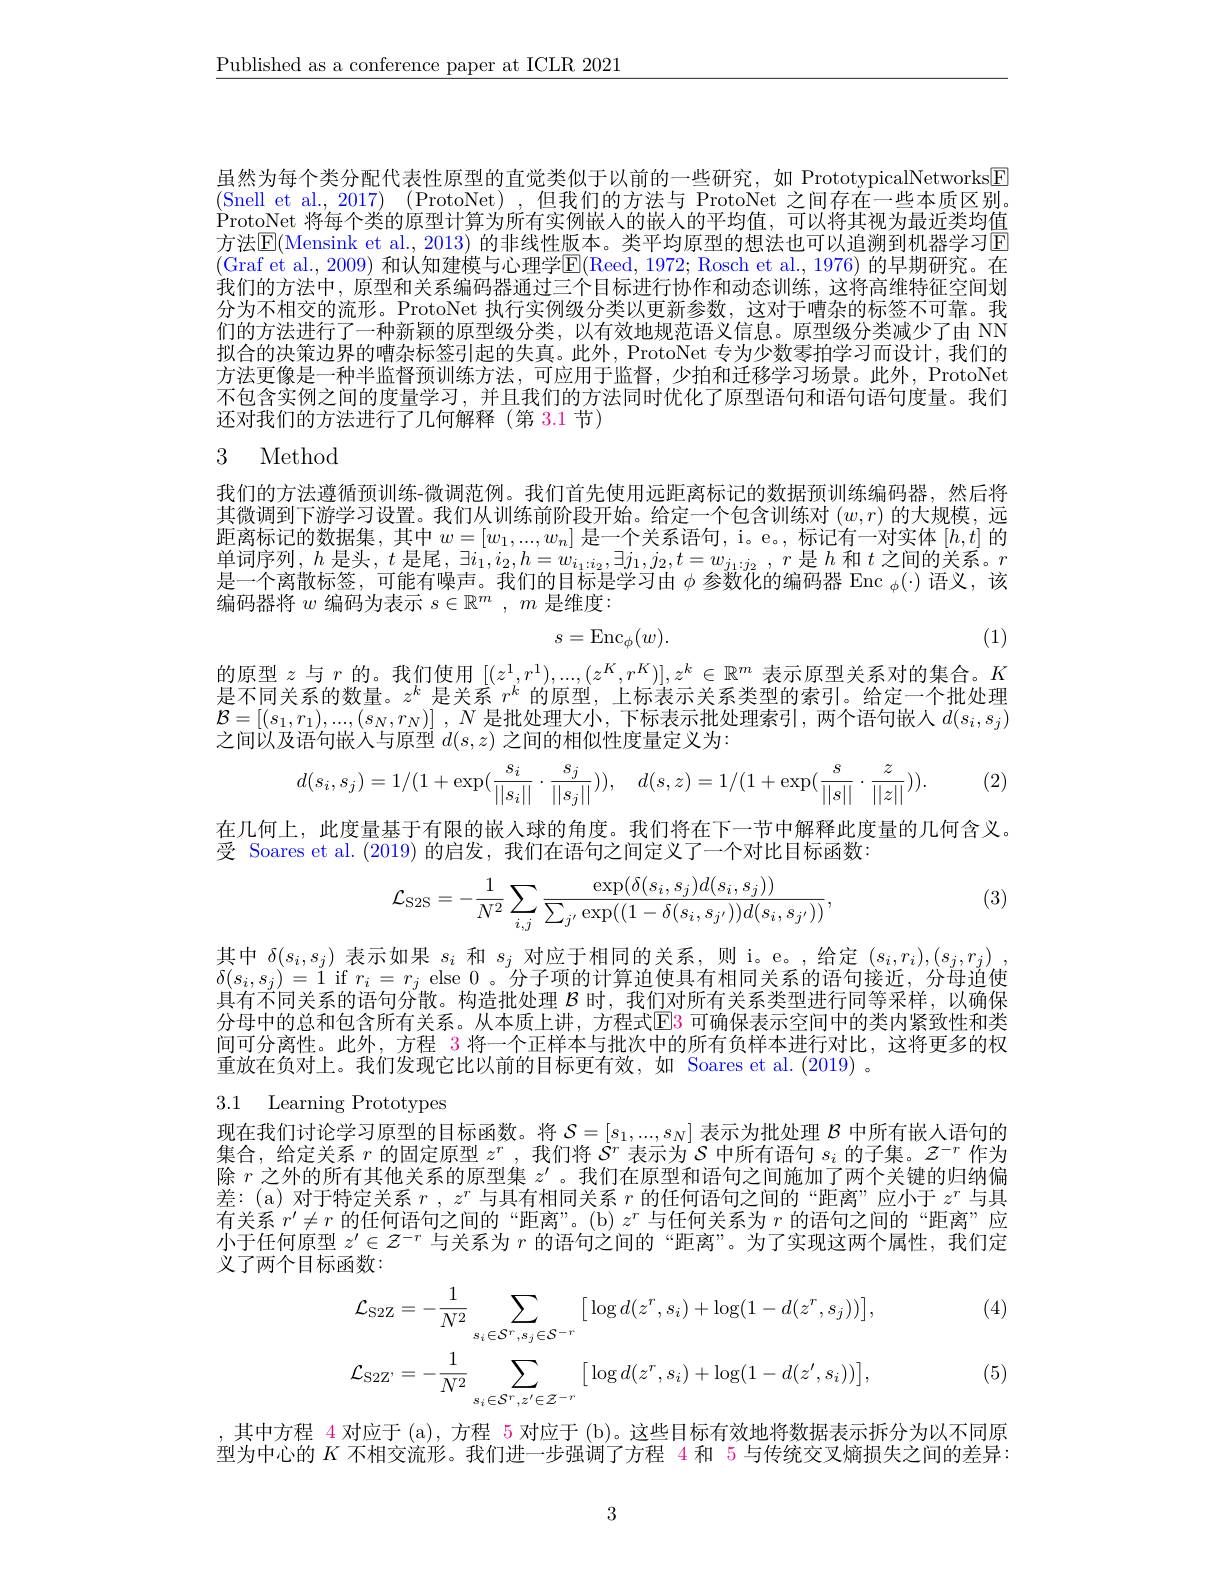
$\underline{\text{Published as a conference paper at ICLR 2021}}$

虽然为每个类分配代表性原型的直觉类似于以前的一些研究，如 PrototypicalNetworks[F] (Snell et al., 2017) (ProtoNet),但我们的方法与 ProtoNet 之间存在一些本质区别。$\dot{\text{ProtoNet 将每个类的原型计算为所有实例嵌人的嵌人的平均值，可以将其视为最近类均值}}$ 方法$\overline{\mathrm{E}}($Mensink et al., 2013) 的非线性版本。类平均原型的想法也可以追溯到机器学习回(Graf et al., 2009) 和认知建模与心理学$\mathbb{E}($Reed, 1972; Rosch et al., 1976) 的早期研究。在我们的方法中，原型和关系编码器通过三个目标进行协作和动态训练，这将高维特征空间划分为不相交的流形。ProtoNet 执行实例级分类以更新参数，这对于嘈杂的标签不可靠。我们的方法进行了一种新颖的原型级分类，以有效地规范语义信息。原型级分类减少了由 NN 拟合的决策边界的嘈杂标签引起的失真。此外，ProtoNet 专为少数零拍学习而设计，我们的方法更像是一种半监督预训练方法，可应用于监督，少拍和迁移学习场景。此外，ProtoNet 不包含实例之间的度量学习，并且我们的方法同时优化了原型语句和语句语句度量。我们还对我们的方法进行了几何解释(第 3.1 节)

## 3 Method

我们的方法遵循预训练-微调范例。我们首先使用远距离标记的数据预训练编码器，然后将其微调到下游学习设置。我们从训练前阶段开始。给定一个包含训练对$(w,r)$的大规模，远距离标记的数据集，其中$w=[w_1,...,w_n]$是一个关系语句，i。e。, 标记有一对实体$[h,t]$的单 词 序 列 $, h$ 是 头 $, t$ 是 尾 $, \exists i_{1}, i_{2}, h= w_{i_{1}: i_{2}}, \exists j_{1}, j_{2}, t= w_{j_{1}: j_{2}}, r$ 是 $h$ 和 $t$ 之 间 的 关 系 。$r$ 目 众 商 斯 托 尔 可 能 左 唱 = 华 们 的 日 起 自 当 习 中 + 金 数 化 的 住 可 明 $\mathbf{F} _{{\mathrm{m} }}($ 为 ) 河是一个离散标签，可能有噪声。我们的目标是学习由$\bar{\phi\text{ 参数化的编码器 Enc }}_{\phi}(\cdot)$语义，该编码器将$w$编码为表示$s\in\mathbb{R}^m,m$是维度：

(1)
$$s=\mathrm{Enc}_{\phi}(w).$$
$$[(z^{1},r^{1}),...,(z^{K},r^{K})],z^{k}\in\mathbb{R}^{m}$$
$z$与$r$
是不同关系的数量。$z^k$是关系$r^k$的原型，上标表示关系类型的索引。给定一个批处理$\mathcal{B} = [ ( s_1, r_1) , . . . , ( s_N, r_N) ]$ , $N$ 是批处理大小，下标表示批处理索引，两个语句嵌人 $d(s_i,s_j)$ 之间以及语句嵌入与原型$d(s,z)$之间的相似性度量定义为：

(2)
$$d(s_{i},s_{j})=1/(1+\exp(\frac{s_{i}}{||s_{i}||}\cdot\frac{s_{j}}{||s_{j}||})),\quad d(s,z)=1/(1+\exp(\frac{s}{||s||}\cdot\frac{z}{||z||})).$$
在几何上，此度量基于有限的嵌入球的角度。我们将在下一节中解释此度量的几何含义。
受 Soares et al.(2019) 的启发，我们在语句之间定义了一个对比目标函数：

(3)
$$\mathcal{L}_{\mathrm{S2S}}=-\frac{1}{N^2}\sum_{i,j}\frac{\exp(\delta(s_i,s_j)d(s_i,s_j))}{\sum_{j'}\exp((1-\delta(s_i,s_{j'}))d(s_i,s_{j'}))},$$
其中$\delta(s_i,s_j)$表示如果$s_i$和$s_j$对应于相同的关系，则 i。e。,给定$(s_i,r_i),(s_j,r_j)$, $\delta(s_i,s_j)=1$ if $r_i=r_j$ else 0。分子项的计算迫使具有相同关系的语句接近，分母迫使目女子曰光石的活白八世界中央地址也理$r_\text{时一世纪中正不半到出行三日然可半}$ 具有不同关系的语句分散。构造批处理$\mathcal{B}$时，我们对所有关系类型进行同等采样，以确保分母中的总和包含所有关系。从本质上讲，方程式$\color{red}{\mathrm{E}}\color{blue}{\mathrm{E}}\color{red}{\mathrm{3}}$ 可确保表示空间中的类内紧致性和类间可分离性。此外，方程$\color{red}{3}$将一个正样本与批次中的所有负样本进行对比，这将更多的权重放在负对上。我们发现它比以前的目标更有效，如 Soares et al.(2019) 。

3.1 Learning Prototypes

现在我们讨论学习原型的目标函数。将$\mathcal{S}=[s_1,...,s_N]$表示为批处理$\mathcal{B}$中所有嵌人语句的集合，给定关系$r$的固定原型$z^r$,我们将$S^r$表示为$\mathcal{S}$中所有语句$s_i$的子集。$z^-r$作为除$r$之外的所有其他关系的原型集$z^{\prime}$ 。我们在原型和语句之间施加了两个关键的归纳偏差：(a)对于特定关系$r,z^r$与具有相同关系$r$的任何语句之间的“距离”应小于$z^r$与具有关系$r^\prime\neq r$的任何语句之间的“距离”。(b) $z^r$与任何关系为$r$的语句之间的“距离”应小于任何原型$z^\prime\in\mathcal{Z}^{-r}$与关系为$r$的语句之间的“距离”。为了实现这两个属性，我们定义了两个目标函数：

(4)
$$\mathcal{L}_{\mathrm{S2Z}}=-\frac{1}{N^{2}}\sum_{s_{i}\in\mathcal{S}^{r},s_{j}\in\mathcal{S}^{-r}}\big[\log d(z^{r},s_{i})+\log(1-d(z^{r},s_{j}))\big],\\\mathcal{L}_{\mathrm{S2Z}^{\prime}}=-\frac{1}{N^{2}}\sum_{s_{i}\in\mathcal{S}^{r},z^{\prime}\in\mathcal{Z}^{-r}}\big[\log d(z^{r},s_{i})+\log(1-d(z^{\prime},s_{i}))\big],$$
(5)

,其中方程 4 对应于 (a), 方程 5 对应于 (b)。这些目标有效地将数据表示拆分为以不同原型为中心的$K$不相交流形。我们进一步强调了方程$\color{red}{4}$和 5 与传统交叉熵损失之间的差异：

3